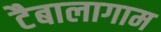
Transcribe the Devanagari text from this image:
टैबालागाम